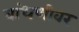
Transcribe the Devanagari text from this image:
बांधणीवर